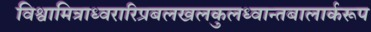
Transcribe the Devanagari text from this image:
विश्वामित्राध्वरारिप्रबलखलकुलध्वान्तबालार्करूप